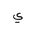
Letter: _ya